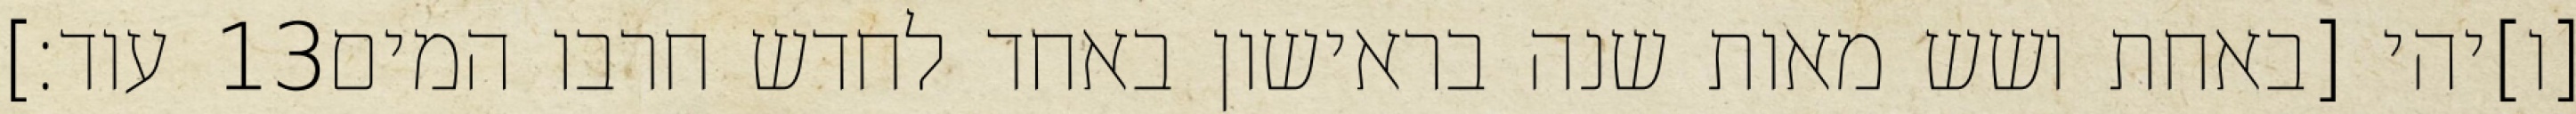
עוד׃] ‎13‏ [ו]יהי [באחת ושש מאות שנה בראישון באחד לחדש חרבו המים